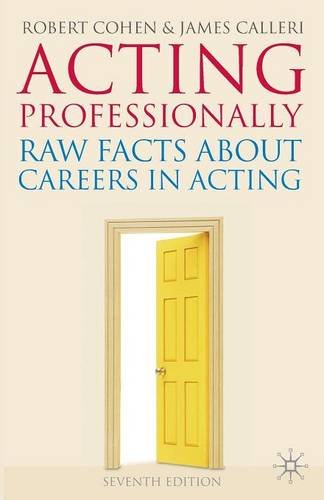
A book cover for Acting Professionally: Raw Facts About Careers in Acting; Robert Cohen; Humor & Entertainment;